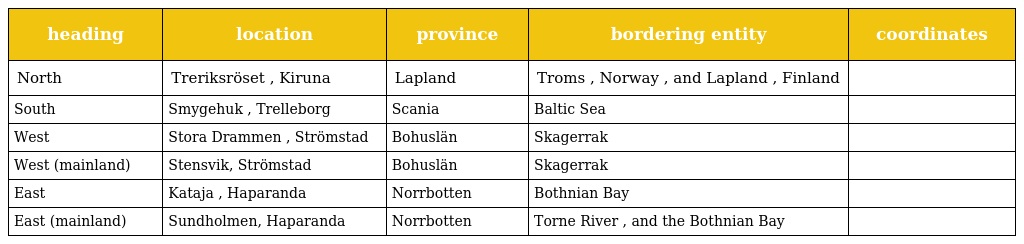
| heading | location | province | bordering entity | coordinates |
 | --- | --- | --- | --- | --- |
 | North | Treriksröset , Kiruna | Lapland | Troms , Norway , and Lapland , Finland |  |
 | South | Smygehuk , Trelleborg | Scania | Baltic Sea |  |
 | West | Stora Drammen , Strömstad | Bohuslän | Skagerrak |  |
 | West (mainland) | Stensvik, Strömstad | Bohuslän | Skagerrak |  |
 | East | Kataja , Haparanda | Norrbotten | Bothnian Bay |  |
 | East (mainland) | Sundholmen, Haparanda | Norrbotten | Torne River , and the Bothnian Bay |  |